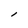
Character: l